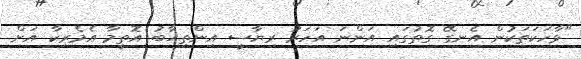
"ވާހަކަތަކުން އެނގޭ ގޮތުގައި އަންނަ އަހަރު ރިޔާސީ އިންތިޚާބު އޮތީމާ އެމެރިކާ އަށް